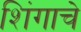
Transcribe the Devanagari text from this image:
शिंगाचे